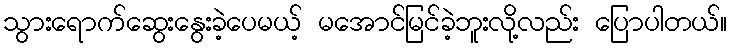
သွားရောက်ဆွေးနွေးခဲ့ပေမယ့် မအောင်မြင်ခဲ့ဘူးလို့လည်း ပြောပါတယ်။